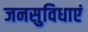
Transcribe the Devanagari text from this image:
जनसुविधाएं